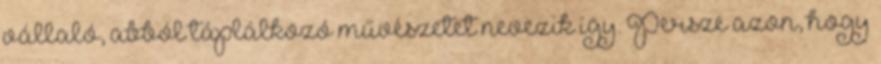
vállaló, abból táplálkozó művészetet nevezik így. Persze azon, hogy